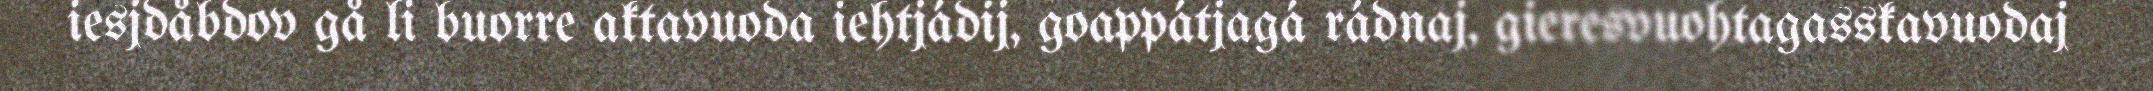
iesjdåbdov gå li buorre aktavuoda iehtjádij, goappátjagá rádnaj, gieresvuohtagasskavuodaj